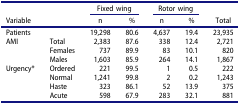
|  |  | <COLSPAN=2> Fixed wing | <COLSPAN=2> Rotor wing |  |
 | Variable |  | n | % | n | % | Total |
 | --- | --- | --- | --- | --- | --- | --- |
 | Patients |  | 19,298 | 80.6 | 4,637 | 19.4 | 23,935 |
 | AMI | Total | 2,383 | 87.6 | 338 | 12.4 | 2,721 |
 |  | Females | 737 | 89.9 | 83 | 10.1 | 820 |
 |  | Males | 1,603 | 85.9 | 264 | 14.1 | 1,867 |
 | Urgency* | Ordered | 221 | 99.5 | 1 | 0.5 | 222 |
 |  | Normal | 1,241 | 99.8 | 2 | 0.2 | 1,243 |
 |  | Haste | 323 | 86.1 | 52 | 13.9 | 375 |
 |  | Acute | 598 | 67.9 | 283 | 32.1 | 881 |